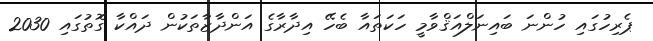
ޕެރިހުގައި ހުންނަ ބައިނަލްއަޤްވާމީ ހަކަތައާ ބެހޭ އިދާރާގެ އަންދާޒާތަކުން ދައްކާ ގޮތުގައި 2030